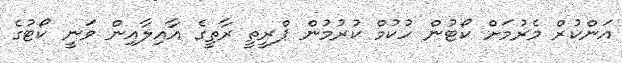
އަންކުރް މެރުމަށް ކޯޓުން ހުކުމް ކުރުމުން ޕްރީތީ ރާތީގެ އާއިލާއިން ވަނީ ކޯޓުގެ